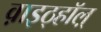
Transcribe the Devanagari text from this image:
व़ाइठ्हाॅल़्